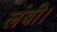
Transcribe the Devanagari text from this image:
लंबी।